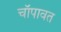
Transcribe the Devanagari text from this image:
चॉपावत